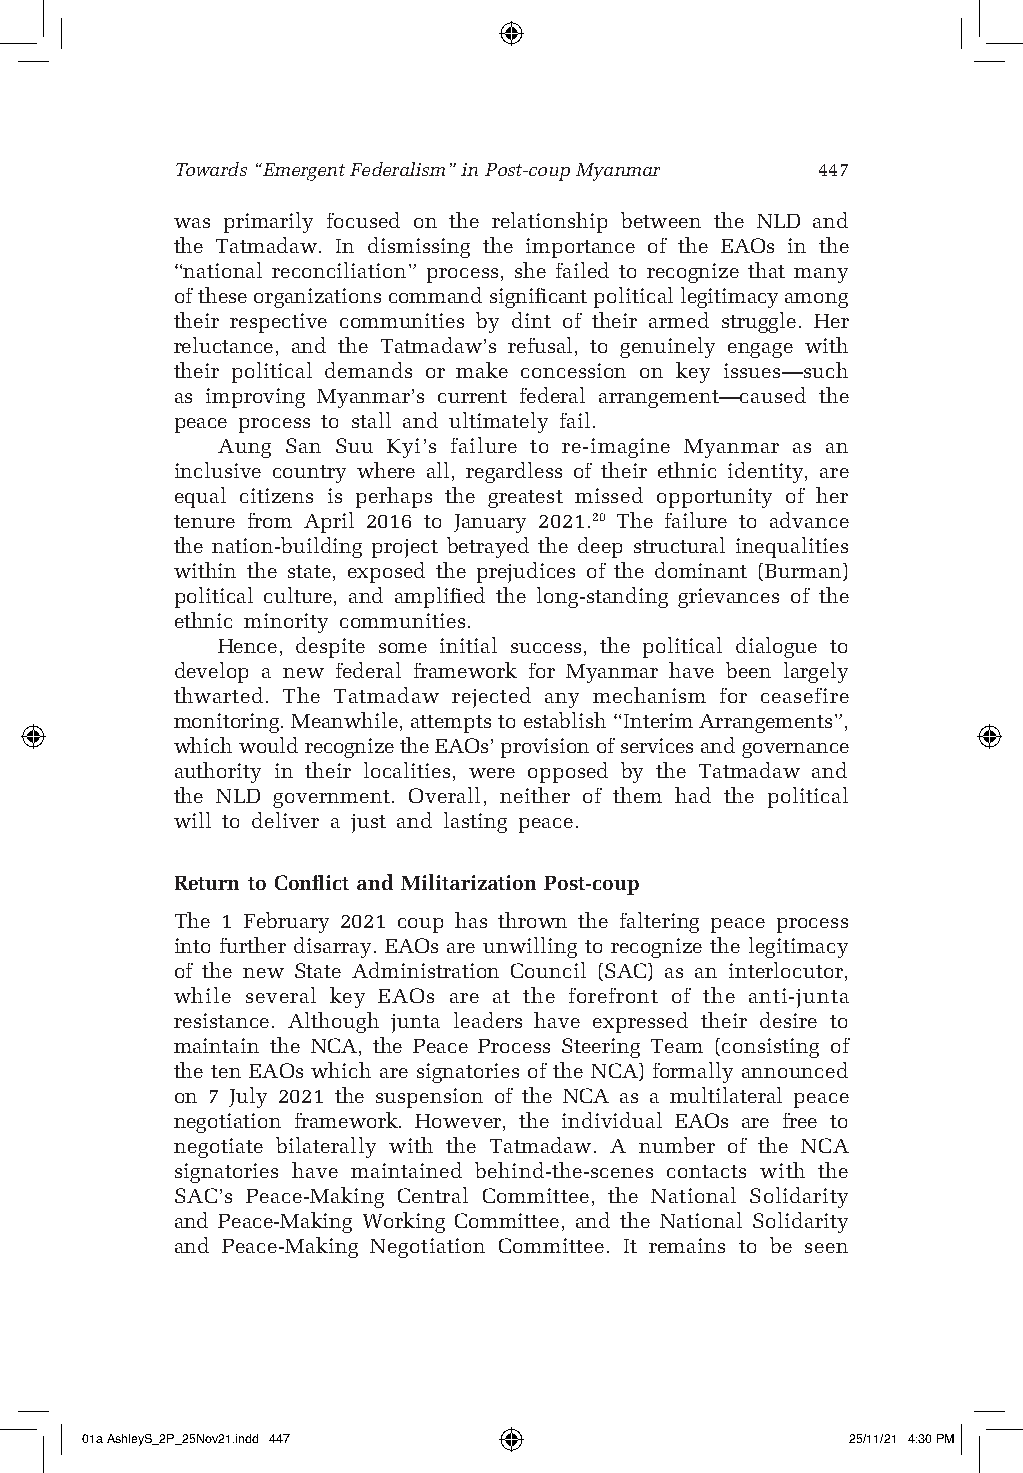
Towards “Emergent Federalism” in Post-coup Myanmar 447
 was primarily focused on the relationship between the NLD and
 the Tatmadaw. In dismissing the importance of the EAOs in the
 “national reconciliation” process, she failed to recognize that many
 of these organizations command significant political legitimacy among
 their respective communities by dint of their armed struggle. Her
 reluctance, and the Tatmadaw’s refusal, to genuinely engage with
 their political demands or make concession on key issues—such
 as improving Myanmar’s current federal arrangement—caused the
 peace process to stall and ultimately fail.
 Aung San Suu Kyi’s failure to re-imagine Myanmar as an
 inclusive country where all, regardless of their ethnic identity, are
 equal citizens is perhaps the greatest missed opportunity of her
 tenure from April 2016 to January 2021.20 The failure to advance
 the nation-building project betrayed the deep structural inequalities
 within the state, exposed the prejudices of the dominant (Burman)
 political culture, and amplified the long-standing grievances of the
 ethnic minority communities.
 Hence, despite some initial success, the political dialogue to
 develop a new federal framework for Myanmar have been largely
 thwarted. The Tatmadaw rejected any mechanism for ceasefire
 monitoring. Meanwhile, attempts to establish “Interim Arrangements”,
 which would recognize the EAOs’ provision of services and governance
 authority in their localities, were opposed by the Tatmadaw and
 the NLD government. Overall, neither of them had the political
 will to deliver a just and lasting peace.
 Return to Conflict and Militarization Post-coup
 The 1 February 2021 coup has thrown the faltering peace process
 into further disarray. EAOs are unwilling to recognize the legitimacy
 of the new State Administration Council (SAC) as an interlocutor,
 while several key EAOs are at the forefront of the anti-junta
 resistance. Although junta leaders have expressed their desire to
 maintain the NCA, the Peace Process Steering Team (consisting of
 the ten EAOs which are signatories of the NCA) formally announced
 on 7 July 2021 the suspension of the NCA as a multilateral peace
 negotiation framework. However, the individual EAOs are free to
 negotiate bilaterally with the Tatmadaw. A number of the NCA
 signatories have maintained behind-the-scenes contacts with the
 SAC’s Peace-Making Central Committee, the National Solidarity
 and Peace-Making Working Committee, and the National Solidarity
 and Peace-Making Negotiation Committee. It remains to be seen
 01a AshleyS_2P_25Nov21.indd 447                    25/11/21 4:30 PM